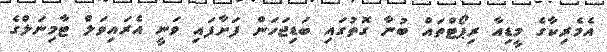
އެމެރިކާގެ މީޑިއާ ރިޕޯޓްތައް ބުނާ ގޮތުގައި ބަޑިޖަހަން ފަށާފައި ވަނީ އެރައިވަލް ޓާމިނަލްގެ